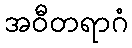
အဝီတရာဂံ